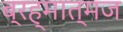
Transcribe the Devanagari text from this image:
ब्रह्मात्मज